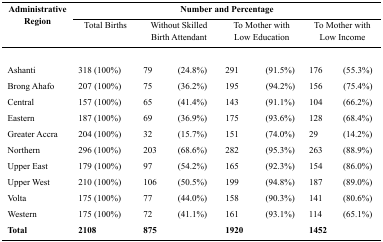
<table><thead><tr><td rowspan="3"><b>Administrative Region</b></td><td colspan="7"><b>Number and Percentage</b></td></tr><tr><td><b>Total Births</b></td><td colspan="2"><b>Without Skilled Birth Attendant</b></td><td colspan="2"><b>To Mother with Low Education</b></td><td colspan="2"><b>To Mother with Low Income</b></td></tr></thead><tbody><tr><td>Ashanti</td><td>318 (100%)</td><td>79</td><td>(24.8%)</td><td>291</td><td>(91.5%)</td><td>176</td><td>(55.3%)</td></tr><tr><td>Brong Ahafo</td><td>207 (100%)</td><td>75</td><td>(36.2%)</td><td>195</td><td>(94.2%)</td><td>156</td><td>(75.4%)</td></tr><tr><td>Central</td><td>157 (100%)</td><td>65</td><td>(41.4%)</td><td>143</td><td>(91.1%)</td><td>104</td><td>(66.2%)</td></tr><tr><td>Eastern</td><td>187 (100%)</td><td>69</td><td>(36.9%)</td><td>175</td><td>(93.6%)</td><td>128</td><td>(68.4%)</td></tr><tr><td>Greater Accra</td><td>204 (100%)</td><td>32</td><td>(15.7%)</td><td>151</td><td>(74.0%)</td><td>29</td><td>(14.2%)</td></tr><tr><td>Northern</td><td>296 (100%)</td><td>203</td><td>(68.6%)</td><td>282</td><td>(95.3%)</td><td>263</td><td>(88.9%)</td></tr><tr><td>Upper East</td><td>179 (100%)</td><td>97</td><td>(54.2%)</td><td>165</td><td>(92.3%)</td><td>154</td><td>(86.0%)</td></tr><tr><td>Upper West</td><td>210 (100%)</td><td>106</td><td>(50.5%)</td><td>199</td><td>(94.8%)</td><td>187</td><td>(89.0%)</td></tr><tr><td>Volta</td><td>175 (100%)</td><td>77</td><td>(44.0%)</td><td>158</td><td>(90.3%)</td><td>141</td><td>(80.6%)</td></tr><tr><td>Western</td><td>175 (100%)</td><td>72</td><td>(41.1%)</td><td>161</td><td>(93.1%)</td><td>114</td><td>(65.1%)</td></tr><tr><td><b>Total</b></td><td><b>2108</b></td><td><b>875</b></td><td></td><td><b>1920</b></td><td></td><td><b>1452</b></td><td></td></tr></tbody></table>